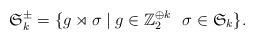
LaTeX: \begin{align*} \mathfrak{S}_k^\pm=\{g\rtimes \sigma\mid g\in \mathbb{Z}_2^{\oplus k}\,\, \,\, \sigma \in \mathfrak{S}_k\}. \end{align*}